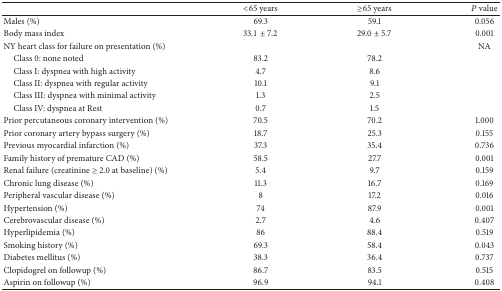
|  | <65 years | ≥65 years | P value |
 | --- | --- | --- | --- |
 | Males (%) | 69.3 | 59.1 | 0.056 |
 | Body mass index | 33.1 ± 7.2 | 29.0 ± 5.7 | 0.001 |
 | NY heart class for failure on presentation (%) |  |  | NA |
 | Class 0: none noted | 83.2 | 78.2 |  |
 | Class I: dyspnea with high activity | 4.7 | 8.6 |  |
 | Class II: dyspnea with regular activity | 10.1 | 9.1 |  |
 | Class III: dyspnea with minimal activity | 1.3 | 2.5 |  |
 | Class IV: dyspnea at Rest | 0.7 | 1.5 |  |
 | Prior percutaneous coronary intervention (%) | 70.5 | 70.2 | 1.000 |
 | Prior coronary artery bypass surgery (%) | 18.7 | 25.3 | 0.155 |
 | Previous myocardial infarction (%) | 37.3 | 35.4 | 0.736 |
 | Family history of premature CAD (%) | 58.5 | 27.7 | 0.001 |
 | Renal failure (creatinine ≥ 2.0 at baseline) (%) | 5.4 | 9.7 | 0.159 |
 | Chronic lung disease (%) | 11.3 | 16.7 | 0.169 |
 | Peripheral vascular disease (%) | 8 | 17.2 | 0.016 |
 | Hypertension (%) | 74 | 87.9 | 0.001 |
 | Cerebrovascular disease (%) | 2.7 | 4.6 | 0.407 |
 | Hyperlipidemia (%) | 86 | 88.4 | 0.519 |
 | Smoking history (%) | 69.3 | 58.4 | 0.043 |
 | Diabetes mellitus (%) | 38.3 | 36.4 | 0.737 |
 | Clopidogrel on followup (%) | 86.7 | 83.5 | 0.515 |
 | Aspirin on followup (%) | 96.9 | 94.1 | 0.408 |